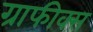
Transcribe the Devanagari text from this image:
ग्राफीक्स